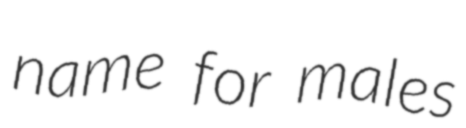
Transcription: name for males